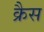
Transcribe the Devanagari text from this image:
क्रैस